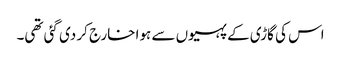
اس کی گاڑی کے پہیوں سے ہوا خارج کر دی گئی تھی۔